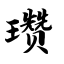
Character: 瓒